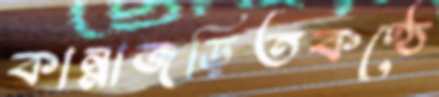
কান্নাজড়িতকণ্ঠে